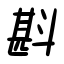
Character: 斟